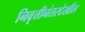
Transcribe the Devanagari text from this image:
निवृत्तीनंतरदेखील